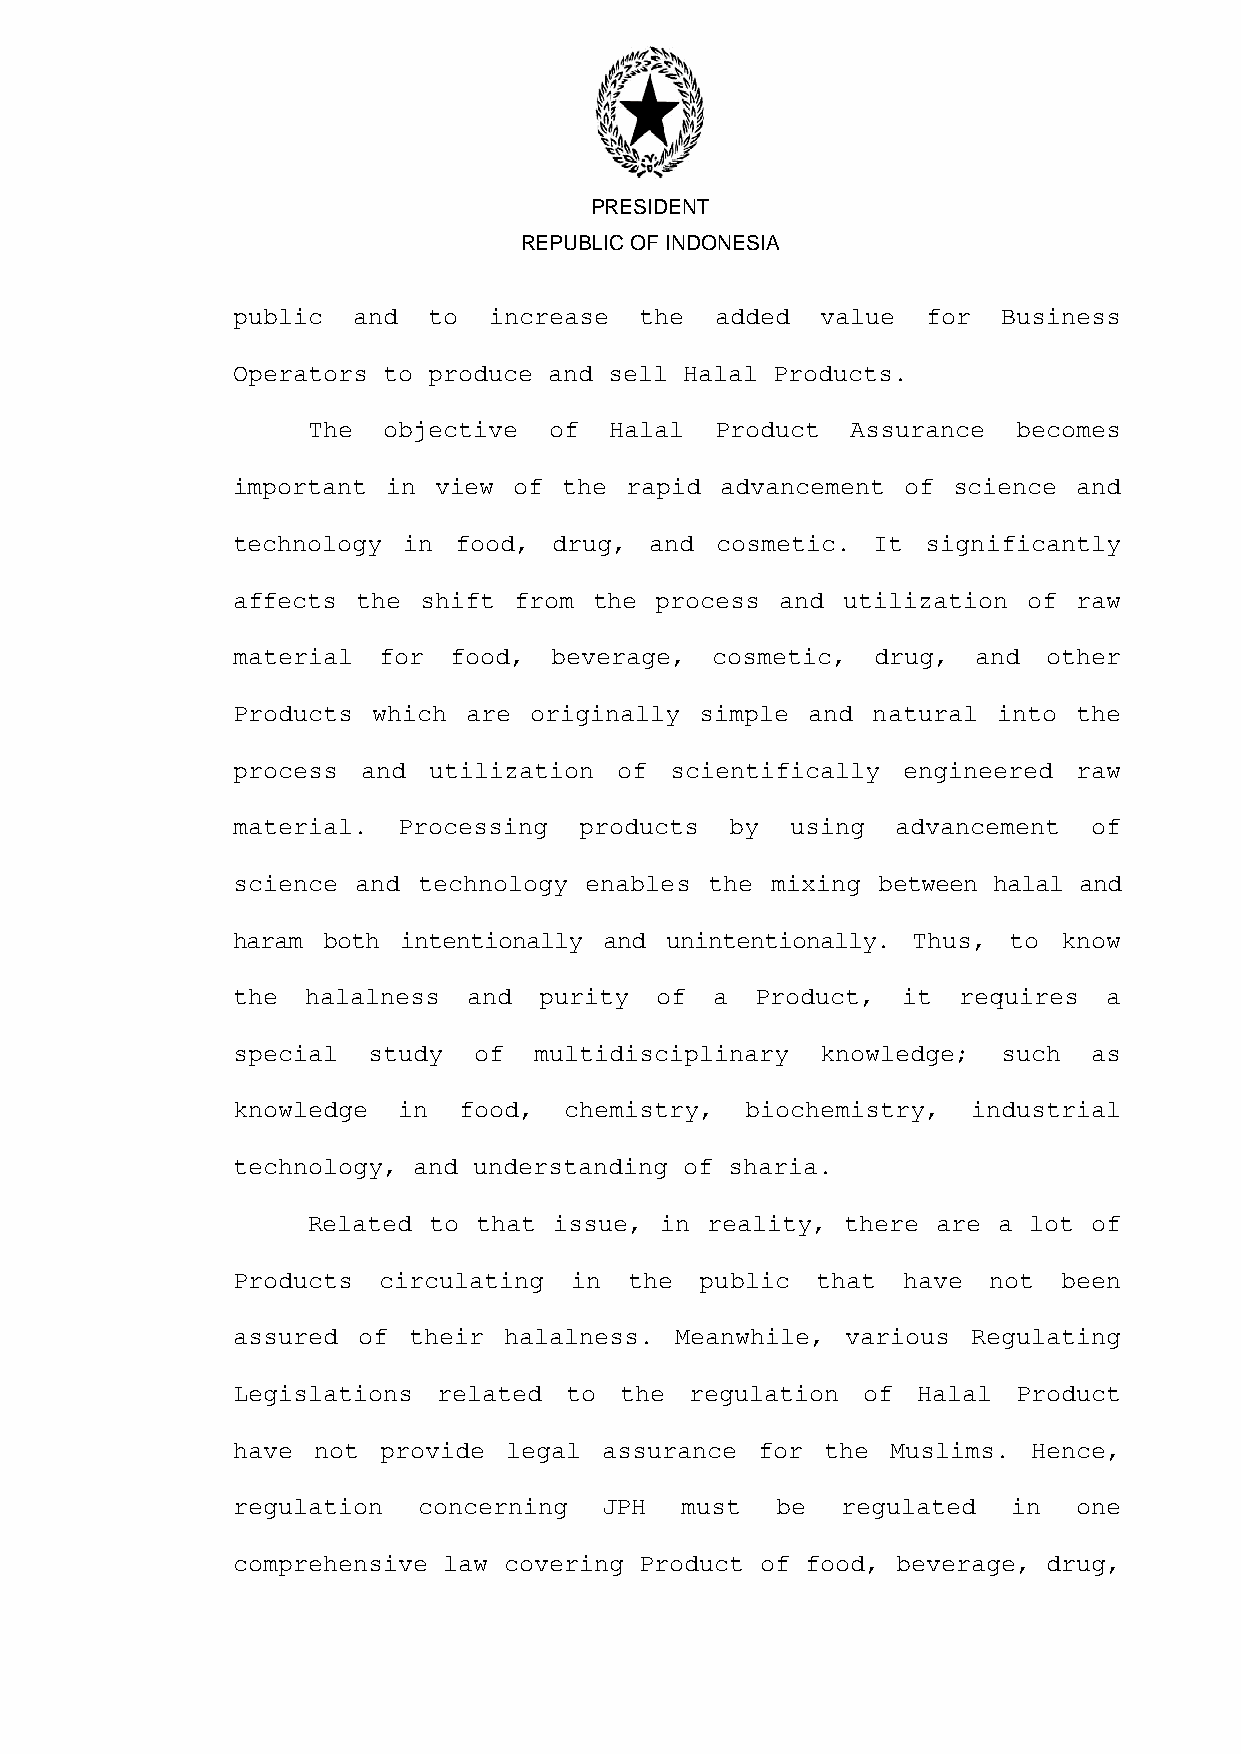
PRESIDENT
 REPUBLIC OF INDONESIA
 public  and  to  increase  the  added  value  for  Business
 Operators to produce and sell Halal Products.
 The  objective  of  Halal  Product  Assurance  becomes
 important  in view of the rapid  advancement of science and
 technology  in food,  drug, and cosmetic.  It significantly
 affects  the shift from the process  and utilization of raw
 material  for  food, beverage,  cosmetic,  drug, and  other
 Products  which are originally simple and  natural into the
 process  and utilization  of scientifically  engineered raw
 material.  Processing  products  by  using  advancement  of
 science  and technology enables the mixing between halal and
 haram both  intentionally and unintentionally. Thus, to know
 the  halalness  and  purity of  a  Product,  it requires  a
 special  study  of  multidisciplinary  knowledge;  such  as
 knowledge  in  food,  chemistry,  biochemistry,  industrial
 technology, and understanding of sharia.
 Related to  that issue, in reality, there are a lot of
 Products  circulating  in  the public  that  have not  been
 assured  of their halalness.  Meanwhile, various Regulating
 Legislations  related to  the  regulation of  Halal Product
 have  not provide legal  assurance for  the Muslims. Hence,
 regulation   concerning  JPH  must  be   regulated  in  one
 comprehensive law covering Product of food, beverage, drug,